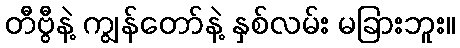
တီဗွီနဲ့ ကျွန်တော်နဲ့ နှစ်လမ်း မခြားဘူး။